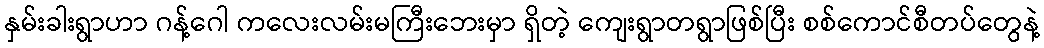
နှမ်းခါးရွာဟာ ဂန့်ဂေါ ကလေးလမ်းမကြီးဘေးမှာ ရှိတဲ့ ကျေးရွာတရွာဖြစ်ပြီး စစ်ကောင်စီတပ်တွေနဲ့